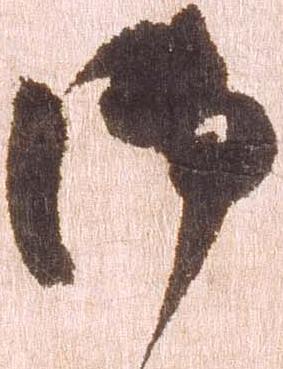
御